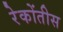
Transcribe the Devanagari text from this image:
रेकोंतीस